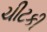
ચીટકી